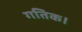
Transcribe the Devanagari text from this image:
गतिक।